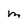
Character: M